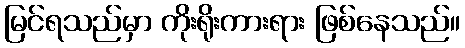
မြင်ရသည်မှာ ကိုးရိုးကားရား ဖြစ်နေသည်။